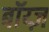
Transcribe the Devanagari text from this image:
बॉय्ज़